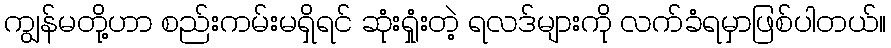
ကျွန်မတို့ဟာ စည်းကမ်းမရှိရင် ဆုံးရှုံးတဲ့ ရလဒ်များကို လက်ခံရမှာဖြစ်ပါတယ်။